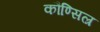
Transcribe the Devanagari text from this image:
कौण्सिल्र